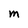
Character: M